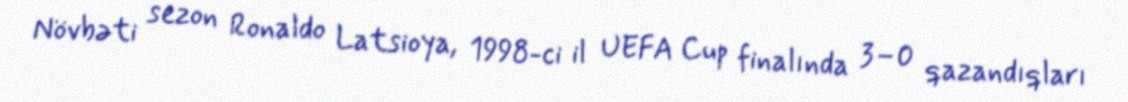
Növbəti sezon Ronaldo Latsioya, 1998-ci il UEFA Cup finalında 3–0 qazandıqları